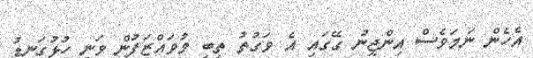
އެހެން ނަމަވެސް އިންޖީނު ގޭގައި އެ ވަގުތު ތިބި މުވައްޒަފުން ވަނީ ހުޅުގަނޑު